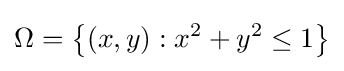
\Omega =\left\{(x,y):x^{2}+y^{2}\leq 1\right\}